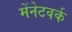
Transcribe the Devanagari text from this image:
मेंनेटवर्क